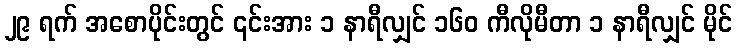
၂၉ ရက် အစောပိုင်းတွင် ၎င်းအား ၁ နာရီလျှင် ၁၆၀ ကီလိုမီတာ ၁ နာရီလျှင် မိုင်